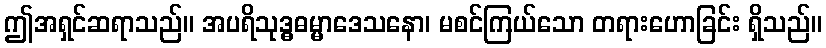
ဤအရှင်ဆရာသည်။ အပရိသုဒ္ဓဓမ္မာဒေသနော၊ မစင်ကြယ်သော တရားဟောခြင်း ရှိသည်။